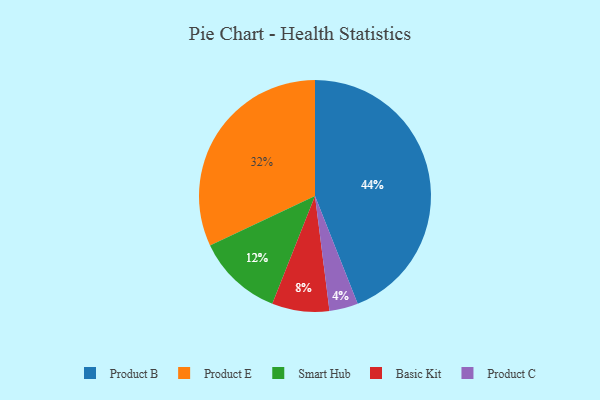
{"axis": {"x": "Category", "y": "Percentage"}, "legend": ["Basic Kit", "Product B", "Product C", "Product E", "Smart Hub"], "data": [{"x": "Smart Hub", "y": 12, "type": "Smart Hub"}, {"x": "Product C", "y": 4, "type": "Product C"}, {"x": "Basic Kit", "y": 8, "type": "Basic Kit"}, {"x": "Product B", "y": 44, "type": "Product B"}, {"x": "Product E", "y": 32, "type": "Product E"}]}